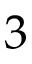
3